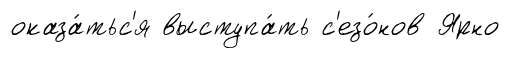
оказа́тьс'я выступа́ть с'езо́нов Ярно